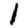
Digit: 1